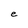
Character: e